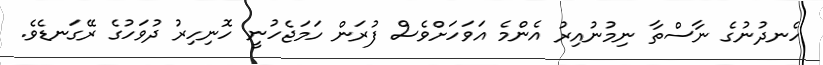
ހެނދުނުގެ ނާސްތާ ނިމުނުއިރު އެންމެ އަވަހަށްވެސް ފުރަން ހަމަޖެހުނީ ހޮނިހިރު ދުވަހުގެ ރޭގަނޑެވެ.